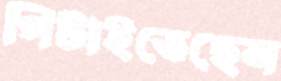
পিটাইতেছেন